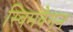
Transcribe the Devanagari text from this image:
स्विमवैगन